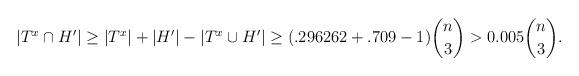
LaTeX: \begin{align*}|T^x\cap H'|\ge|T^x|+|H'|-|T^x\cup H'|\ge( .296262+.709-1)\binom {n}3> 0.005\binom {n}3.\end{align*}